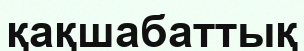
қақшабаттық